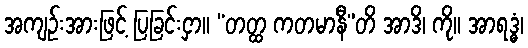
အကျဉ်းအားဖြင့် ပြခြင်းငှာ။ “တတ္ထ ကတမာနီ”တိ အာဒိ၊ ကို။ အာရဒ္ဓံ၊